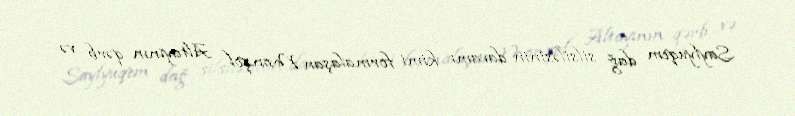
Saylyuqem dağ silsiləsinin davamı kimi formalaşan Monqol Altayının qərb və